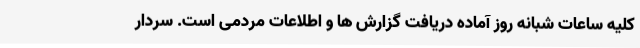
کلیه ساعات شبانه روز آماده دریافت گزارش ها و اطلاعات مردمی است. سردار